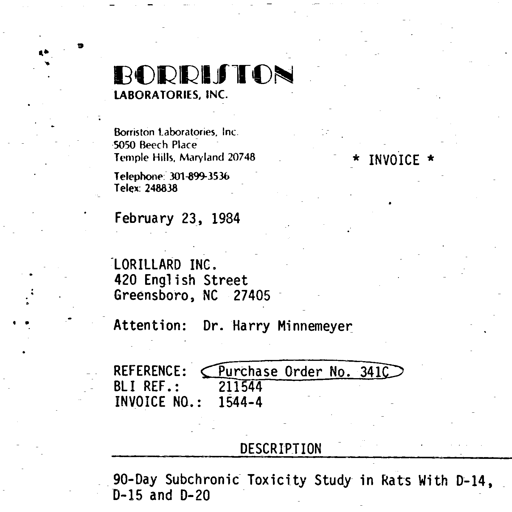
BORRISTON
LABORATORIES, INC.

Borriston Laboratories, Inc.
5050 Beech Place
Temple Hills, Maryland 20748

Telephone: 301-899-3536
Telex: 248838

* INVOICE *

February 23, 1984

LORILLARD INC.
420 English Street
Greensboro, NC 27405

Attention: Dr. Harry Minnemeyer

REFERENCE: Purchase Order No. 341C
BLI REF.: 211544
INVOICE NO.: 1544-4

DESCRIPTION

90-Day Subchronic Toxicity Study in Rats With D-14,
D-15 and D-20